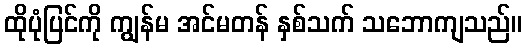
ထိုပုံပြင်ကို ကျွန်မ အင်မတန် နှစ်သက် သဘောကျသည်။